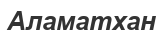
Аламатхан